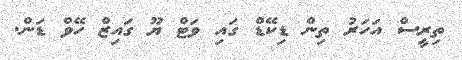
ތިރީސް އަހަރު ތިން ޑިކޭޑް ގައި ވަޓް ޔޫ ގައިޒް ހޭވް ޑަން.